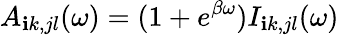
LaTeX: A_{\mathbf{i}k,jl}(\omega)=(1+e^{\beta\omega})I_{\mathbf{i}k,jl}(\omega)